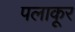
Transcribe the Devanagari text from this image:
पलाकूर